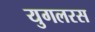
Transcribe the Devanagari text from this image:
युगलरस